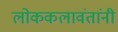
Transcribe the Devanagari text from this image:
लोककलावंतांनी